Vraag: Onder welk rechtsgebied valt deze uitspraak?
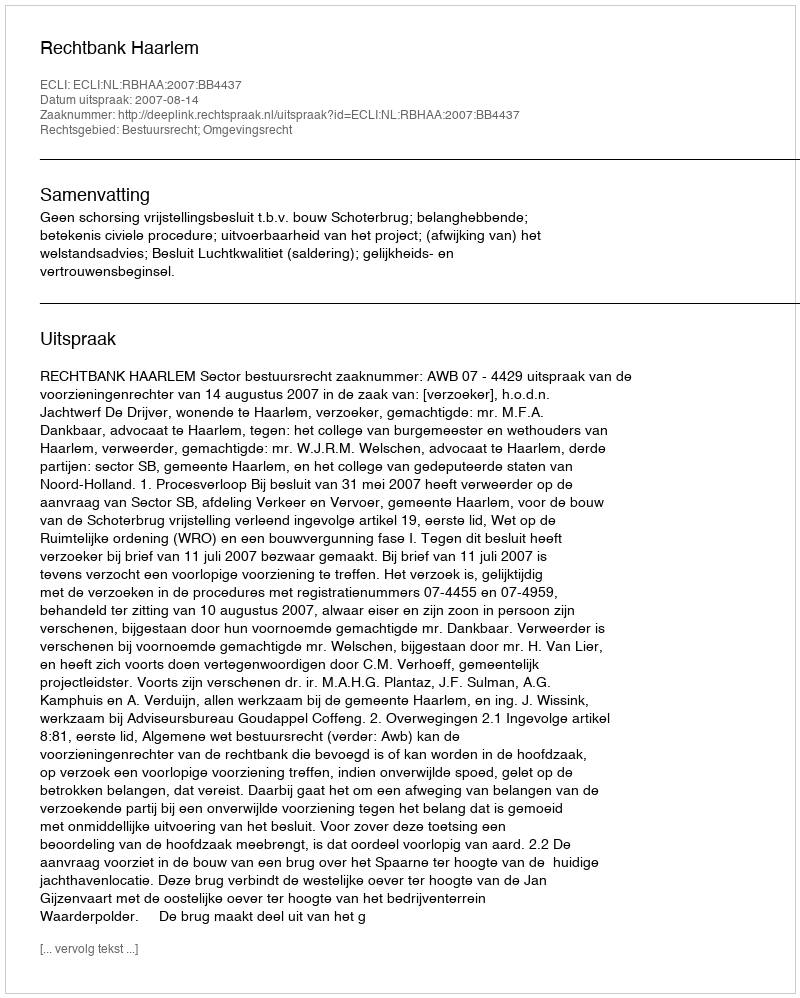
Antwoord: Bestuursrecht; Omgevingsrecht